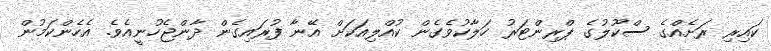
ކައިރި ރަށެއްގެ ސްކޫލުގެ ޕްރިންޓަރު ހަލާކުވެގެން ކުއްލިއަކަށް އޭނާ ފުރައިގެން ދާންޖެހުނީއެވެ. އެހެންކަމުން